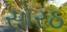
સોરઠ